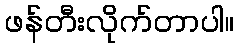
ဖန်တီးလိုက်တာပါ။